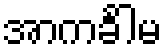
အာကင်္ခါမ